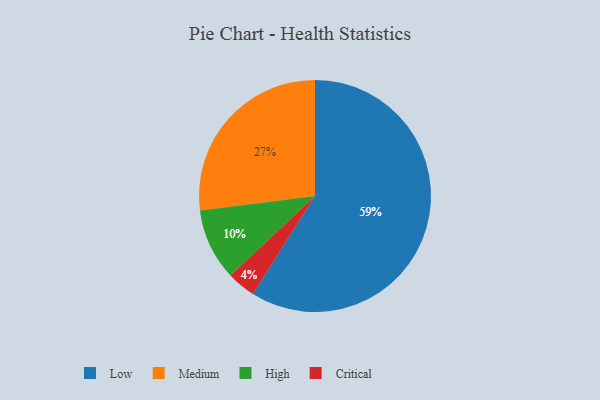
{"axis": {"x": "Category", "y": "Percentage"}, "legend": ["Critical", "High", "Low", "Medium"], "data": [{"x": "Medium", "y": 27, "type": "Medium"}, {"x": "Low", "y": 59, "type": "Low"}, {"x": "Critical", "y": 4, "type": "Critical"}, {"x": "High", "y": 10, "type": "High"}]}